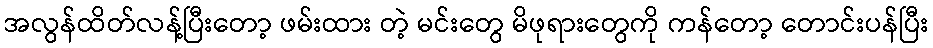
အလွန်ထိတ်လန့်ပြီးတော့ ဖမ်းထား တဲ့ မင်းတွေ မိဖုရားတွေကို ကန်တော့ တောင်းပန်ပြီး